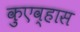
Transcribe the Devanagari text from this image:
कुएव्हास